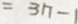
= 3 n - 1